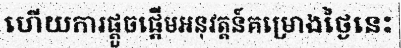
ហើយការផ្តួចផ្តើមអនុវត្តន៍គម្រោងថ្ងៃនេះ